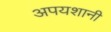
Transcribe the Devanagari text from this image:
अपयशानी